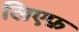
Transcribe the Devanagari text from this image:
लिएफ़